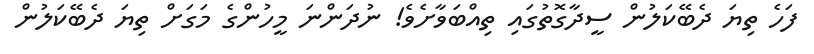
ފަހެ ތިޔަ ދެބޭކަލުން ސީދާގޮތުގައި ތިއްބަވާށެވެ! ނުދަންނަ މީހުންގެ މަގަށް ތިޔަ ދެބޭކަލުން